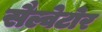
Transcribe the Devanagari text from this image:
सैल्वेटोर